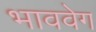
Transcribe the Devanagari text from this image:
भाववेग